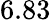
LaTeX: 6.83